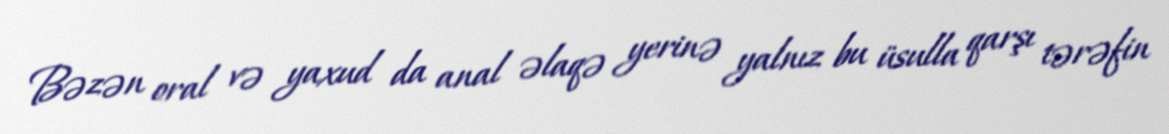
Bəzən oral və yaxud da anal əlaqə yerinə yalnız bu üsulla qarşı tərəfin